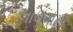
લાવવામા